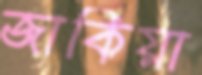
জাকিয়া